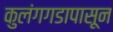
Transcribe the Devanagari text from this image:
कुलंगगडापासून